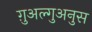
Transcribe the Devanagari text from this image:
ग़ुअल्गुअनुस